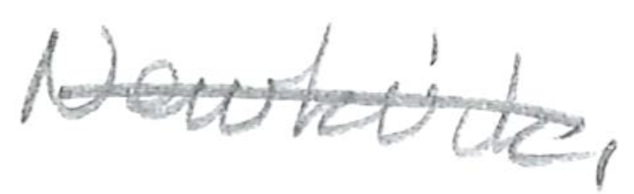
Text: Newkirk,
Cross-out: single-line
Writing tool: pencil